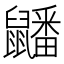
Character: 𪖇